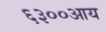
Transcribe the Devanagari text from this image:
६३००आय